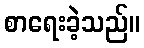
စာရေးခဲ့သည်။